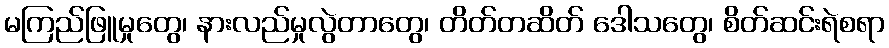
မကြည်ဖြူမှုတွေ၊ နားလည်မှုလွဲတာတွေ၊ တိတ်တဆိတ် ဒေါသတွေ၊ စိတ်ဆင်းရဲစရာ